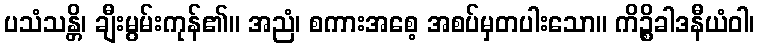
ပသံသန္တိ၊ ချီးမွမ်းကုန်၏။ အညံ၊ စကားအစေ့ အစပ်မှတပါးသော။ ကိဉ္စိခါဒနီယံဝါ၊